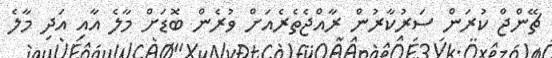
ޗޭންޖް ކުރަން ސަރުކާރުން ރާއްޖެތެރެއަށް ވުރެން ބޮޑަށް މާލެ އާއި އަދި މާލެ